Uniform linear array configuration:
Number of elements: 48
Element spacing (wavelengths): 0.25
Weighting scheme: cosine
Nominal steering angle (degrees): -60
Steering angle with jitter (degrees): -61.747
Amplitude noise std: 0.05
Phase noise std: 0.05

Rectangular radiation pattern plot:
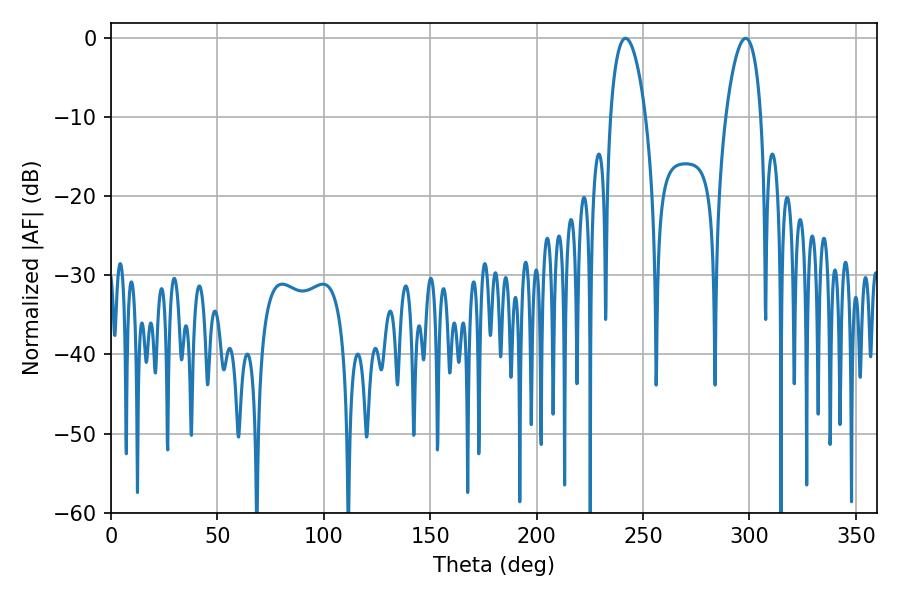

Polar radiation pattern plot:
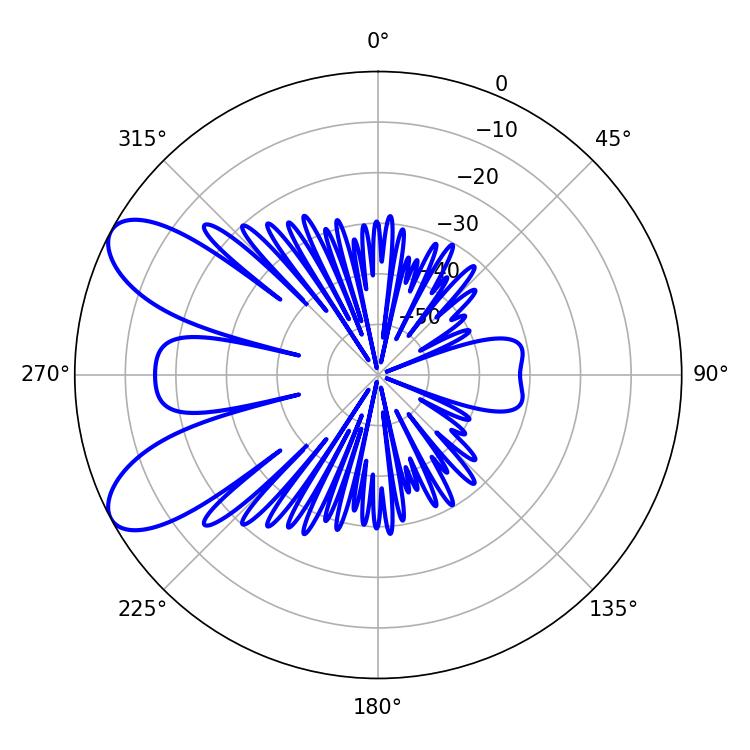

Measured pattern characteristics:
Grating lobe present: FALSE
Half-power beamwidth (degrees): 9.36
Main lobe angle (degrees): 241.74